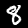
Digit: 8